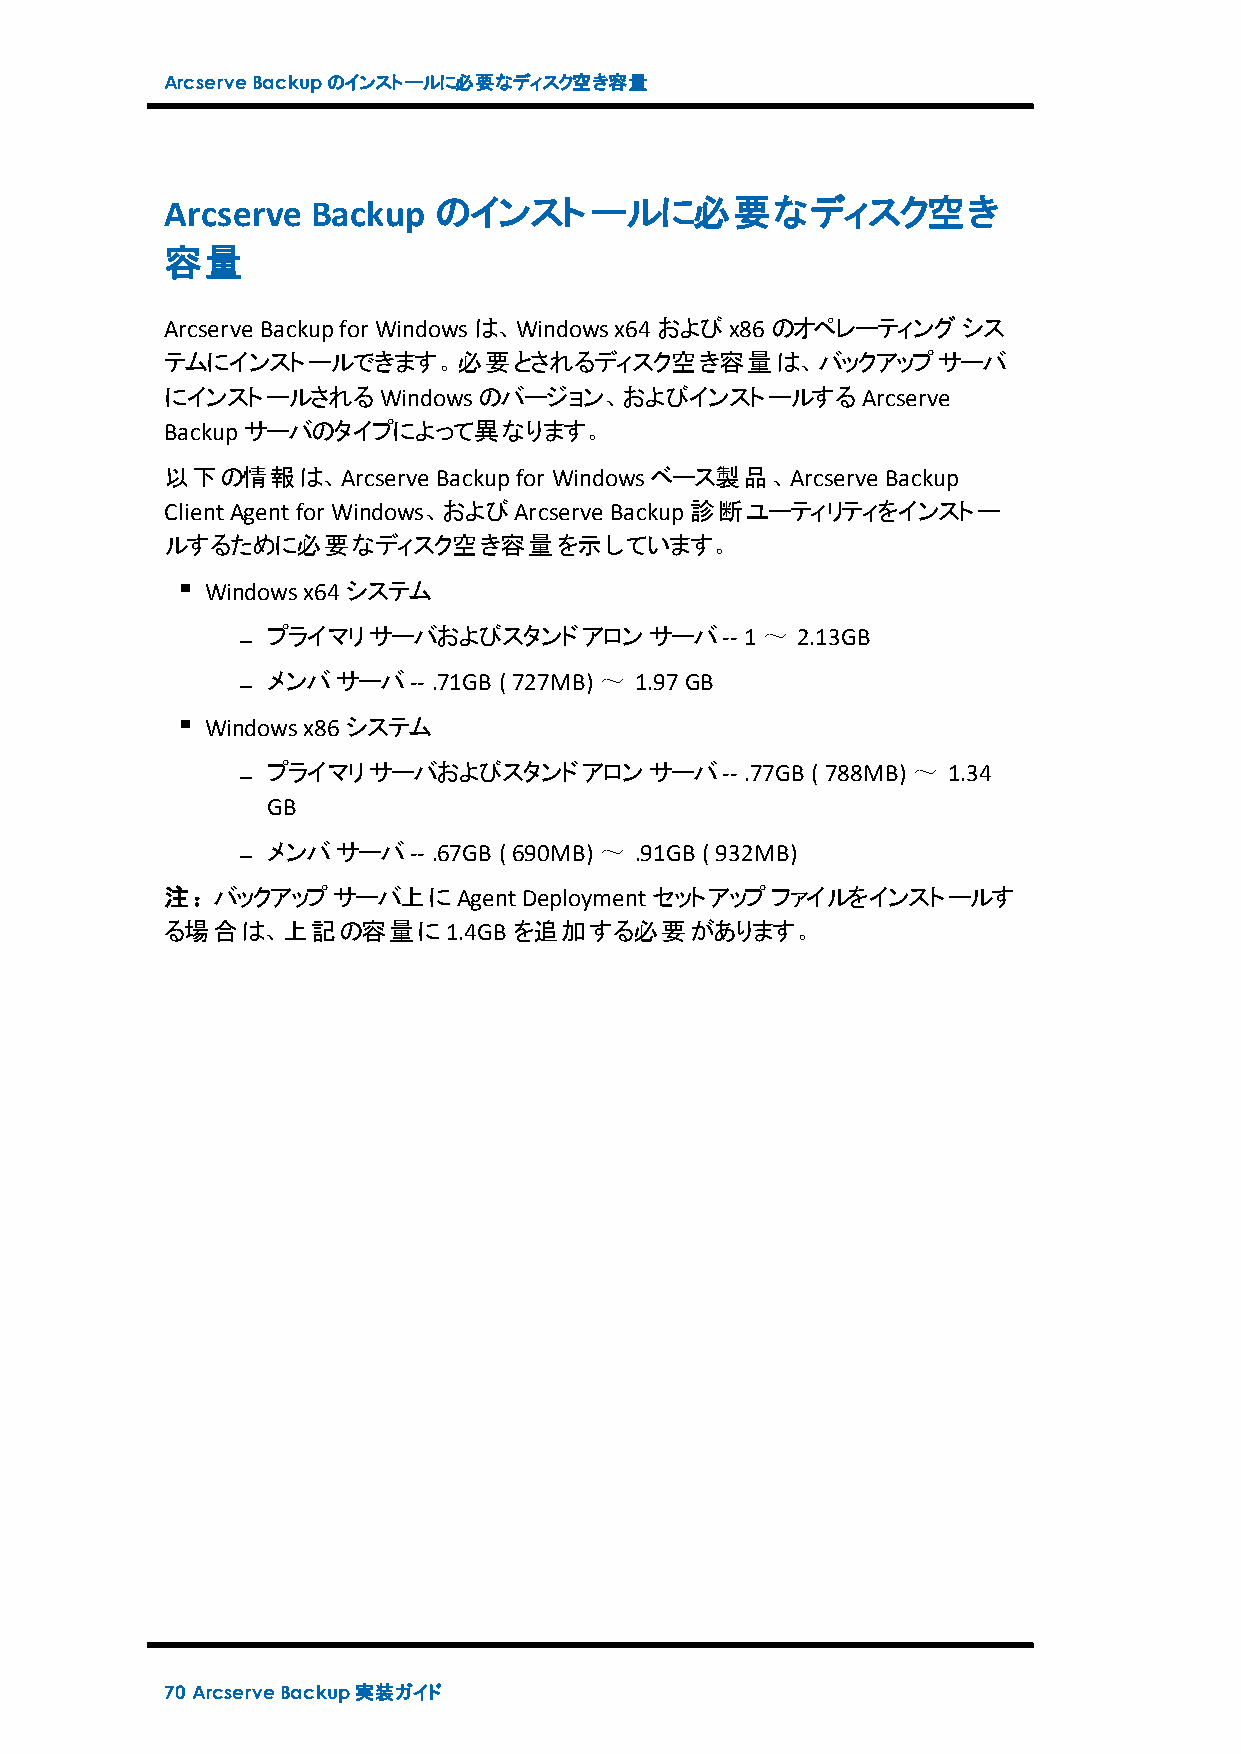
ArcserveBackupのインストールに必要なディスク空き容量
 Arcserve  Backup  のインストールに必要なディスク空き
 容量
 Arcserve Backupfor Windowsは、Windowsx64およびx86のオペレーティングシス
 テムにインストールできます。必要とされるディスク空き容量は、バックアップサーバ
 にインストールされるWindowsのバージョン、およびインストールするArcserve
 Backupサーバのタイプによって異なります。
 以下の情報は、Arcserve   Backupfor Windowsベース製品、Arcserve Backup
 ClientAgentfor Windows、およびArcserve Backup診断ユーティリティをインストー
 ルするために必要なディスク空き容量を示しています。
 Windowsx64システム
 プライマリサーバおよびスタンドアロンサーバ--        1～  2.13GB
 メンバサーバ--   .71GB ( 727MB) ～ 1.97GB
 Windowsx86システム
 プライマリサーバおよびスタンドアロンサーバ--        .77GB ( 788MB) ～ 1.34
 GB
 メンバサーバ--   .67GB ( 690MB) ～ .91GB ( 932MB)
 注：バックアップサーバ上にAgentDeploymentセットアップファイルをインストールす
 る場合は、上記の容量に1.4GB       を追加する必要があります。
 70 ArcserveBackup実装ガイド